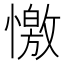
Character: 憿